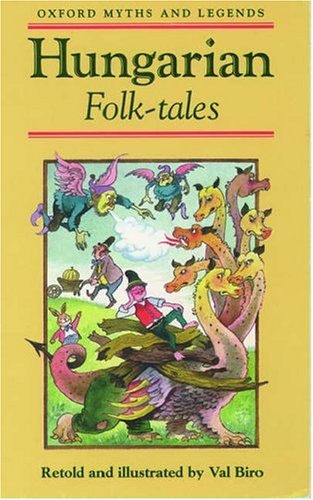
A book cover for Hungarian Folk-Tales (Oxford Myths and Legends); Val Biro; Children's Books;